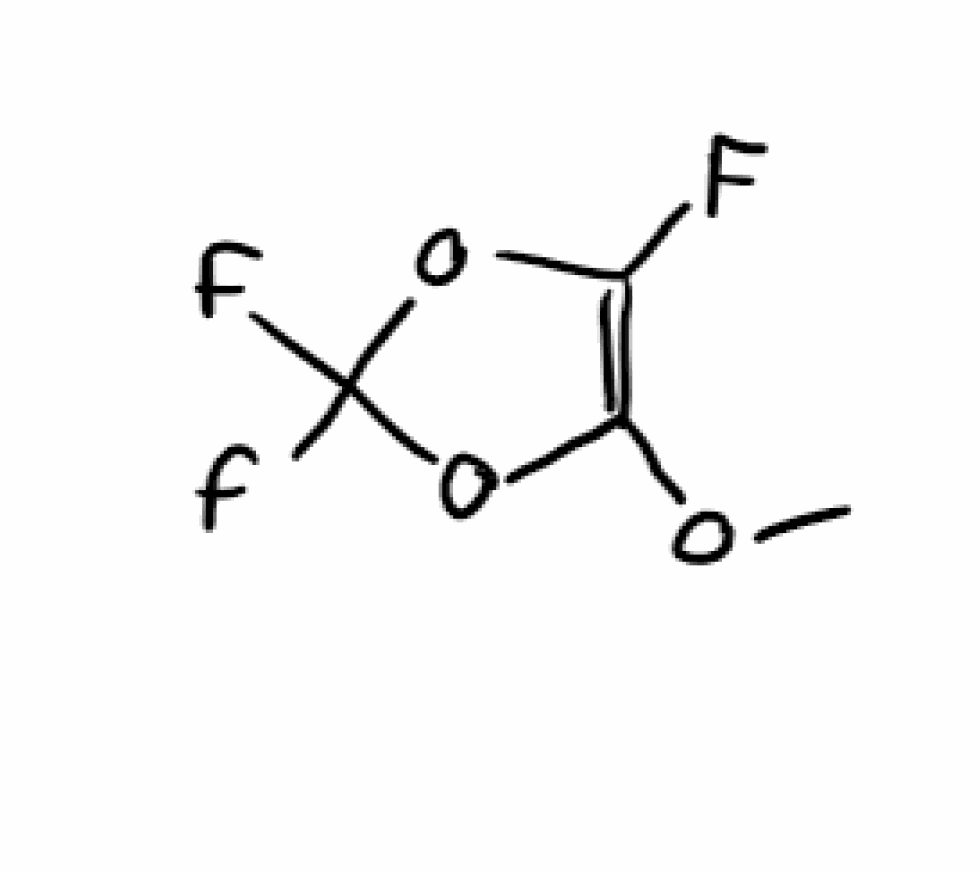
Simplified molecular-input line-entry system (SMILES) notation of the given molecule:
COC1=C(OC(O1)(F)F)F